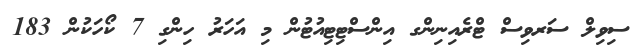
ސިވިލް ސަރވިސް ޓްރެއިނިންގ އިންސްޓިޓިއުޓުން މި އަހަރު ހިންގި 7 ކޯހަކުން 183